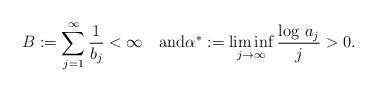
LaTeX: \begin{align*}B:=\sum_{j=1}^\infty\frac1{b_j}<\infty\quad\textnormal{and}\alpha^*:=\liminf_{j\to\infty}\frac{\log\,a_j}j>0.\end{align*}